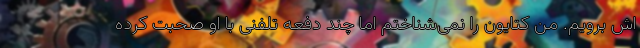
اش برویم. من کتایون را نمی‌شناختم اما چند دفعه تلفنی با او صحبت کرده